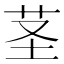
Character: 茎